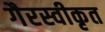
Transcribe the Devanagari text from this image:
गैरस्वीकृत